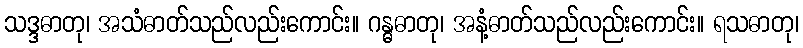
သဒ္ဒဓာတု၊ အသံဓာတ်သည်လည်းကောင်း။ ဂန္ဓဓာတု၊ အနံ့ဓာတ်သည်လည်းကောင်း။ ရသဓာတု၊